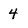
Character: 4